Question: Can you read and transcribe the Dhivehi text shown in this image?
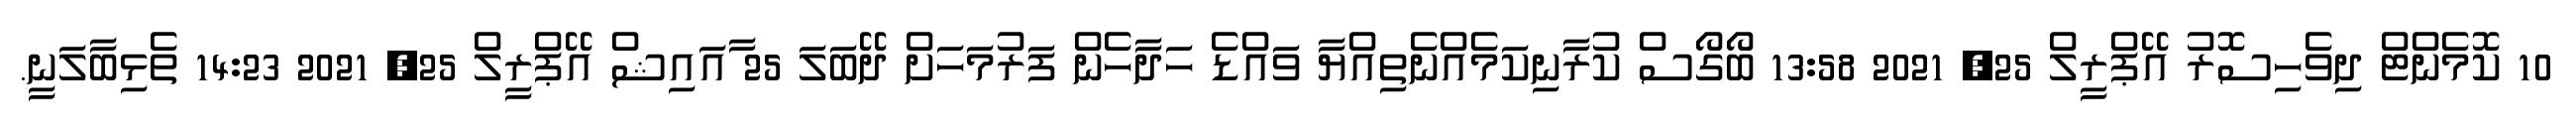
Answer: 10 ކޮމެންޓް ދިވެހިސޮރު އޭޕްރީލް 25, 2021 13:58 ބޯގޯސް ކުރާނިކަމެއްނެތިއްޔާ ވައްޑެ ހަދާހެން ފަރުމަހަށް ދޭބަލަ 25 ާއައިޝް އޭޕްރީލް 25, 2021 14:23 ތެޅިބާލަނީ.